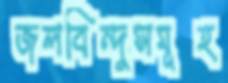
জলবিন্দুসমূহ